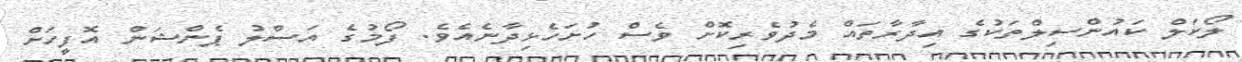
ލޯކަލް ކައުންސިލްތަކުގެ އިދާރާތައް މެދުވެރިކޮށް ވެސް ހުށަހެޅިދާނެއެވެ. ފޯމުގެ އަސްލު ޕެންޝަން އޮފީހަށް